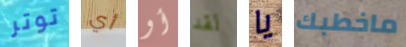
توتر أي أو لقد يا ماخطبك